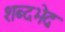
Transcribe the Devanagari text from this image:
शब्दभेदः